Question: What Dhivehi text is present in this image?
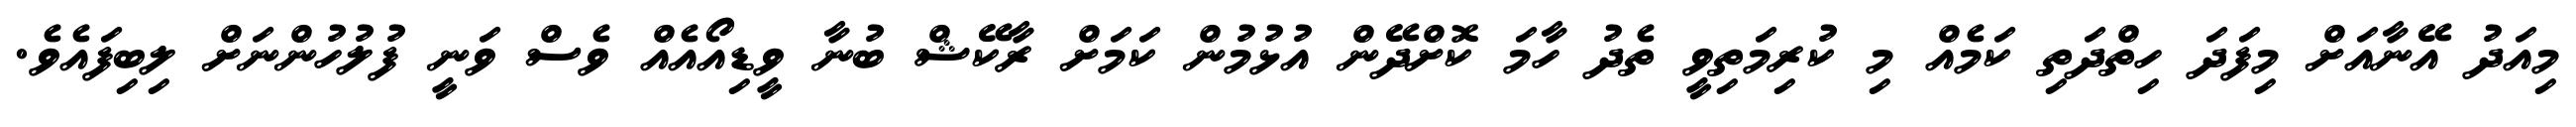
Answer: މިއަދު އޭނާއަށް މިފަދަ ހިތްދަތި ކަމެއް މި ކުރިމަތިވީ ތެދު ހާމަ ކޮށްދޭން އުޅުމުން ކަމަށް ރާކޭޝް ބުނާ ވީޑިއޯއެއް ވެސް ވަނީ ފުލުހުންނަށް ލިބިފައެވެ.